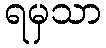
ရမှသာ